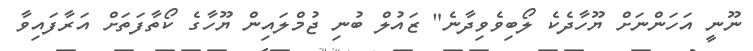
ނޫނީ އަހަންނަށް ޔޫހާދެކެ ލޯބިވެވިދާނެ" ޒައުލް ބުނި ޖުމްލައިން ޔޫހާގެ ކޯތާފަތަށް އަރާފައިވާ